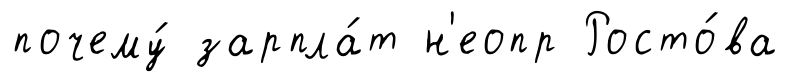
почему́ зарпла́т н'еопр Росто́ва